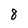
Character: 8